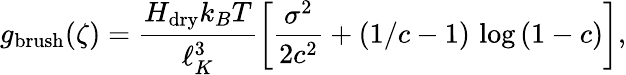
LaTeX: g_{\mathrm{brush}}(\zeta)=\frac{H_{\mathrm{dry}}k_{B}T}{\ell_{K}^{3}}\left[\frac{\sigma^{2}}{2c^{2}}+(1/c-1)\, \log\left(1-c\right)\right],